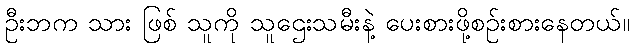
ဦးဘက သား ဖြစ် သူကို သူဌေးသမီးနဲ့ ပေးစားဖို့စဉ်းစားနေတယ်။